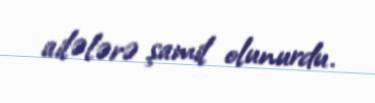
ailələrə şamil olunurdu.